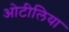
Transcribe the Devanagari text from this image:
ओटीलिया